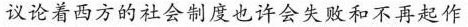
议论着西方的社会制度也许会失败和不再起作